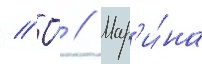
// О́ // Мар'и́на